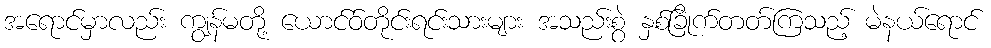
အရောင်မှာလည်း ကျွန်မတို့ ယောင်ဝ်တိုင်းရင်းသားများ အသည်းစွဲ နှစ်ခြိုက်တတ်ကြသည့် မဲနယ်ရောင်